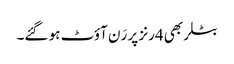
بٹلر بھی 4رنز پر رَن آؤٹ ہو گئے۔